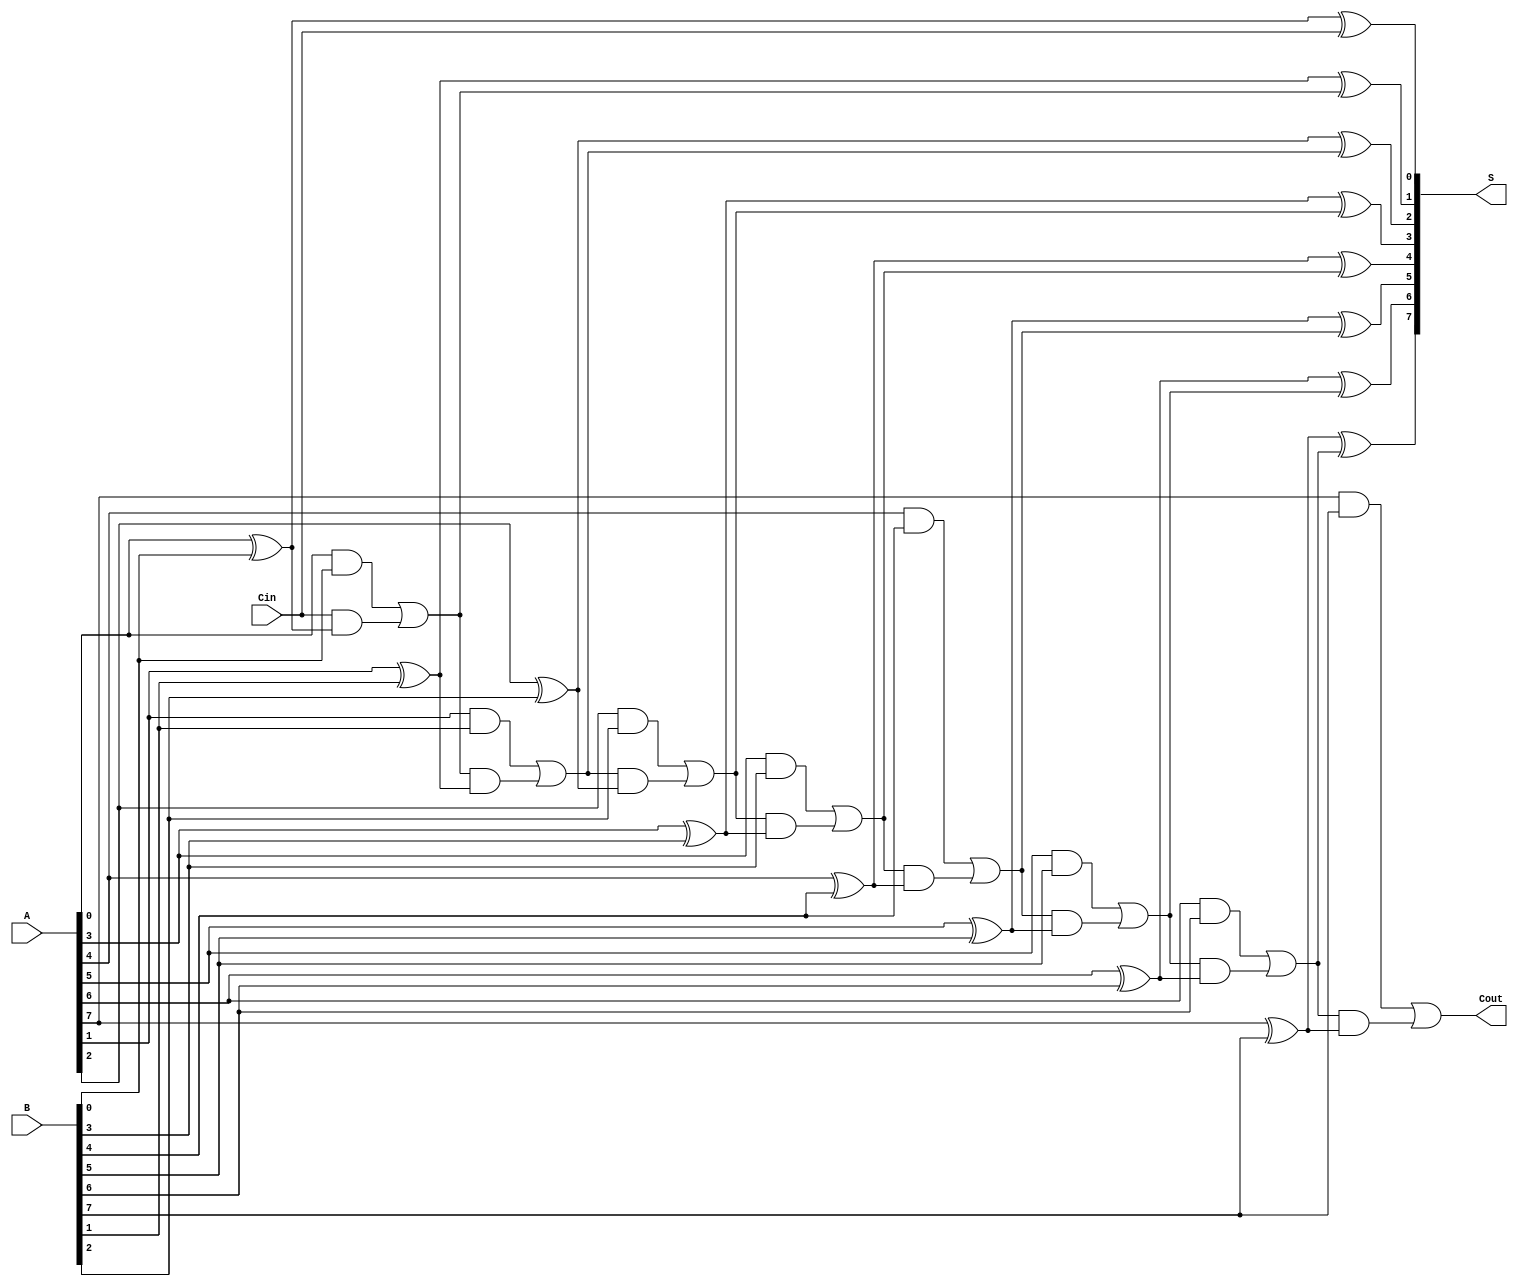
module PrecomputationCarryAdder #(parameter n = 8) (
    input  wire [n-1:0] A,      // First n-bit input
    input  wire [n-1:0] B,      // Second n-bit input
    input  wire Cin,             // Carry-in
    output wire [n-1:0] S,       // Sum output
    output wire Cout             // Carry-out
);

    // Carry array
    wire [n:0] C; // C[0] is the carry-in, C[n] is the carry-out

    // Generate carry values
    assign C[0] = Cin; // Initial carry-in

    genvar i;
    generate
        for (i = 0; i < n; i = i + 1) begin : carry_generation
            assign C[i + 1] = (A[i] & B[i]) | (C[i] & (A[i] ^ B[i]));
        end
    endgenerate

    // Generate sum values
    generate
        for (i = 0; i < n; i = i + 1) begin : sum_generation
            assign S[i] = A[i] ^ B[i] ^ C[i];
        end
    endgenerate

    // Final carry-out
    assign Cout = C[n];

endmodule